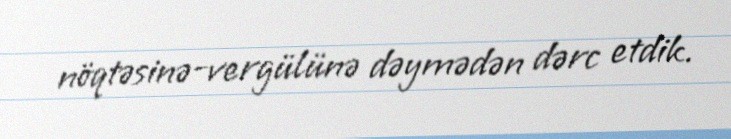
nöqtəsinə-vergülünə dəymədən dərc etdik.